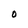
Character: O